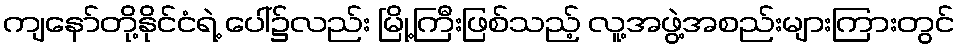
ကျနော်တို့နိုင်ငံရဲ့ ပေါ်၌လည်း မြို့ကြီးဖြစ်သည့် လူ့အဖွဲ့အစည်းများကြားတွင်